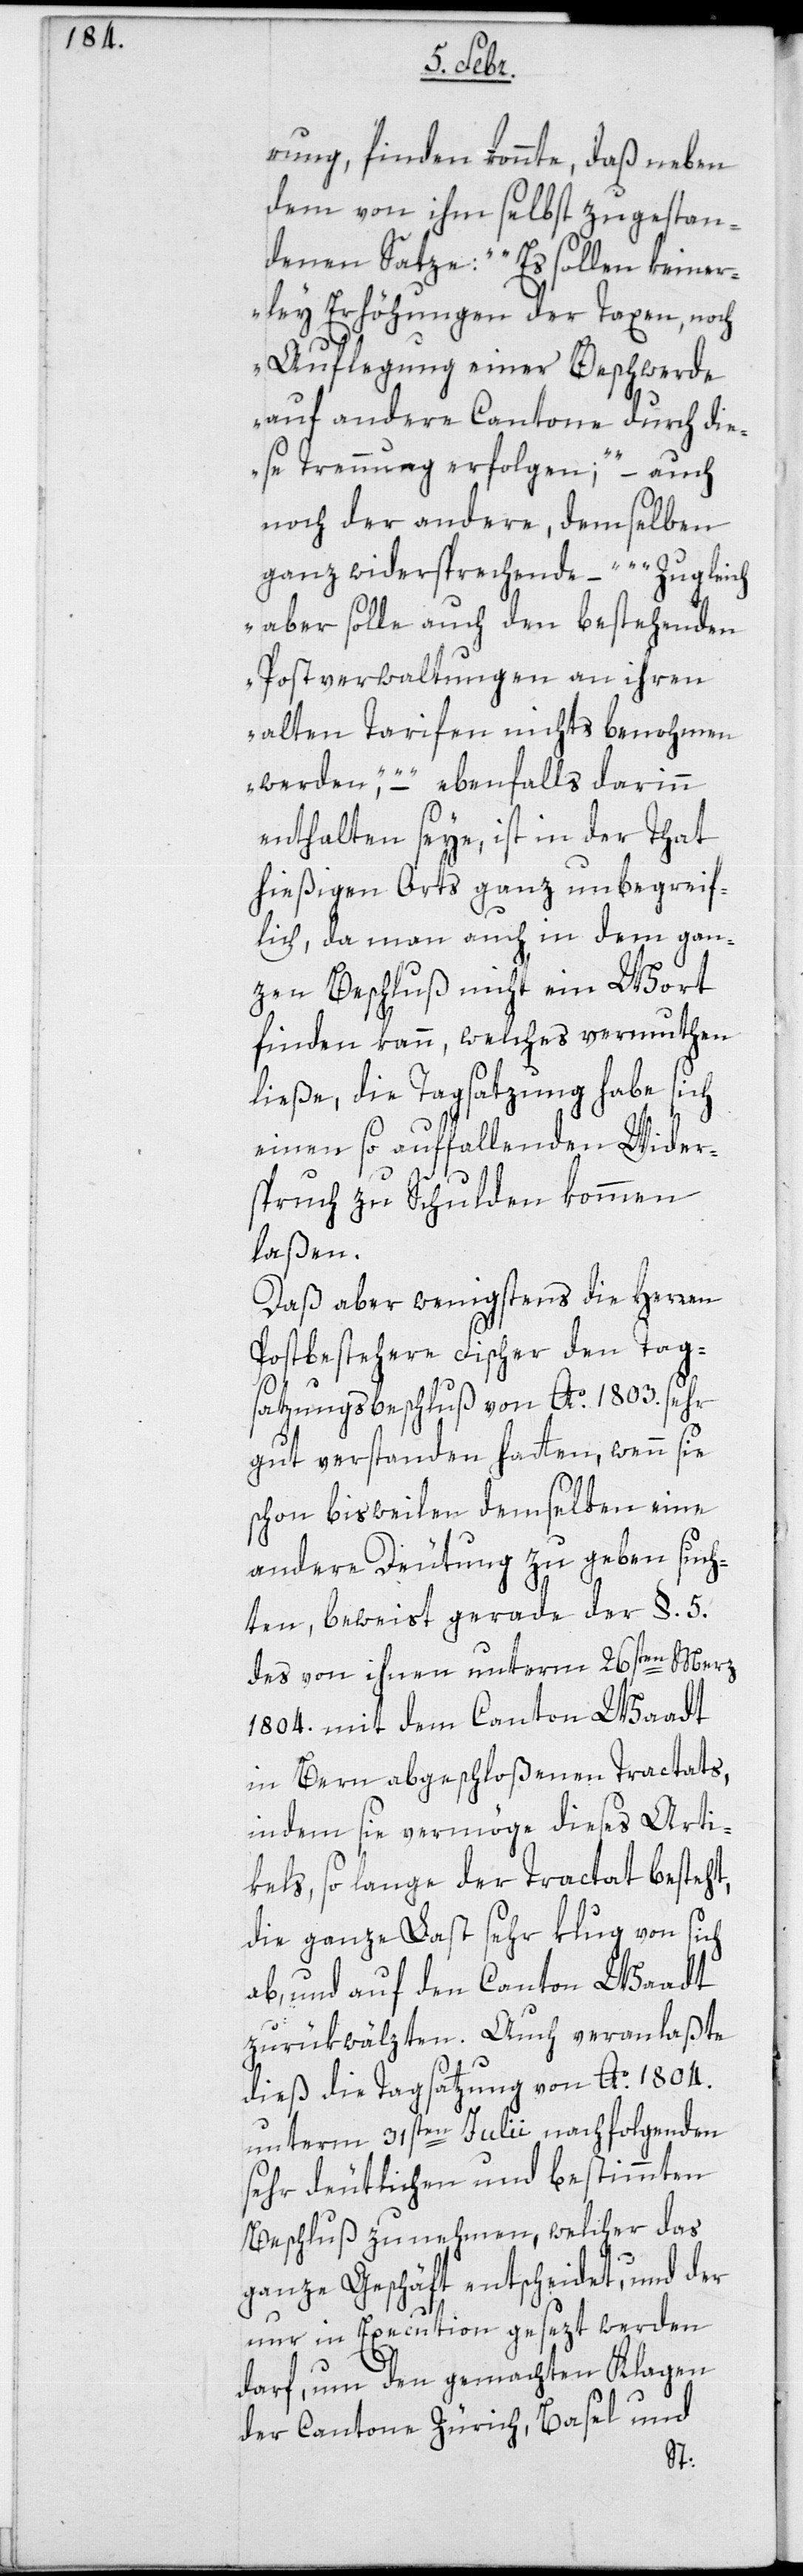
rung finden konnte, daß neben
dem von ihm selbst zugestan¬
denen Satze: „Es sollen keiner¬
lei Erhöhungen der Taxen, noch
Auflegung einer Beschwerde
auf andere Cantone durch die¬
se Trennung erfolgen“, – auch
noch der andere, demselben
ganz widersprechende – „Zugleich
aber solle auch den bestehenden
Postverwaltungen an ihren
alten Tarifen nichts benohmen
werden“ – ebenfalls darinn
enthalten seye, ist in der Tat
hießigen Orts ganz unbegreif¬
lich, da man auch in dem gan¬
zen Beschluß nicht ein Wort
finden kann, welches vermuthen
ließe, die Tagsatzung habe sich
einen so auffallenden Wider¬
spruch zu Schulden kommen
laßen.
Daß aber wenigstens die Herren
Postbestehere Fischer den Tag¬
satzungsbeschluß von Ao. 1803. sehr
gut verstanden hatten, wenn sie
schon bisweilen demselben eine
andere Deutung zu geben such¬
ten, beweist gerade der §. 5.
des von ihnen unterm 26sten Merz
1804. mit dem Canton Waadt
in Bern abgeschloßenen Tractats,
indem sie vermöge dieses Arti¬
kels, so lange der Tractat besteht,
die ganze Last sehr klug von sich
ab und auf den Canton Waadt
zurükwälzten. Auch veranlaßte
dieß die Tagsatzung von Anno 1804
unterm 31sten Julii nachfolgenden
sehr deutlichen und bestimmten
Beschluß zu nehmen, welcher das
ganze Geschäft entscheidet, und der
nur in Execution gesezt werden
darf, um den gemachten Klagen
der Cantone Zürich, Basel und